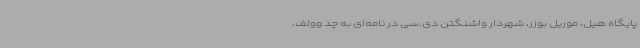
پایگاه هیل، موریل بوزر، شهردار واشنگتن دی.سی در نامه‌ای به چد وولف،